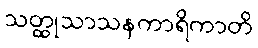
သတ္ထုသာသနကာရိကာတိ